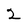
Character: 2